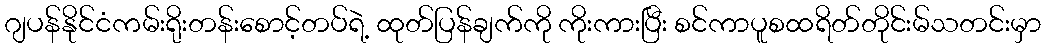
ဂျပန်နိုင်ငံကမ်းရိုးတန်းစောင့်တပ်ရဲ့ ထုတ်ပြန်ချက်ကို ကိုးကားပြီး စင်ကာပူစထရိတ်တိုင်းမ်သတင်းမှာ